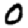
Digit: 0